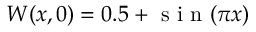
W ( x , 0 ) = 0 . 5 + \mathrm { ~ s ~ i ~ n ~ } ( \pi x )